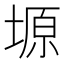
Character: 塬